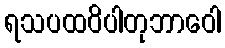
ရသပထဝိပါတုဘာဝေါ